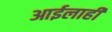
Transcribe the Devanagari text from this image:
आईलाही